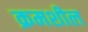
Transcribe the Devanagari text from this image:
क्रमशील